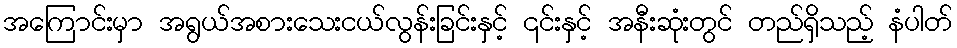
အကြောင်းမှာ အရွယ်အစားသေးငယ်လွန်းခြင်းနှင့် ၎င်းနှင့် အနီးဆုံးတွင် တည်ရှိသည့် နံပါတ်